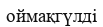
оймақгүлді